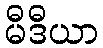
မီဒီယာ